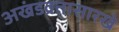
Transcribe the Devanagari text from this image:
अखंडव्रतासारखे